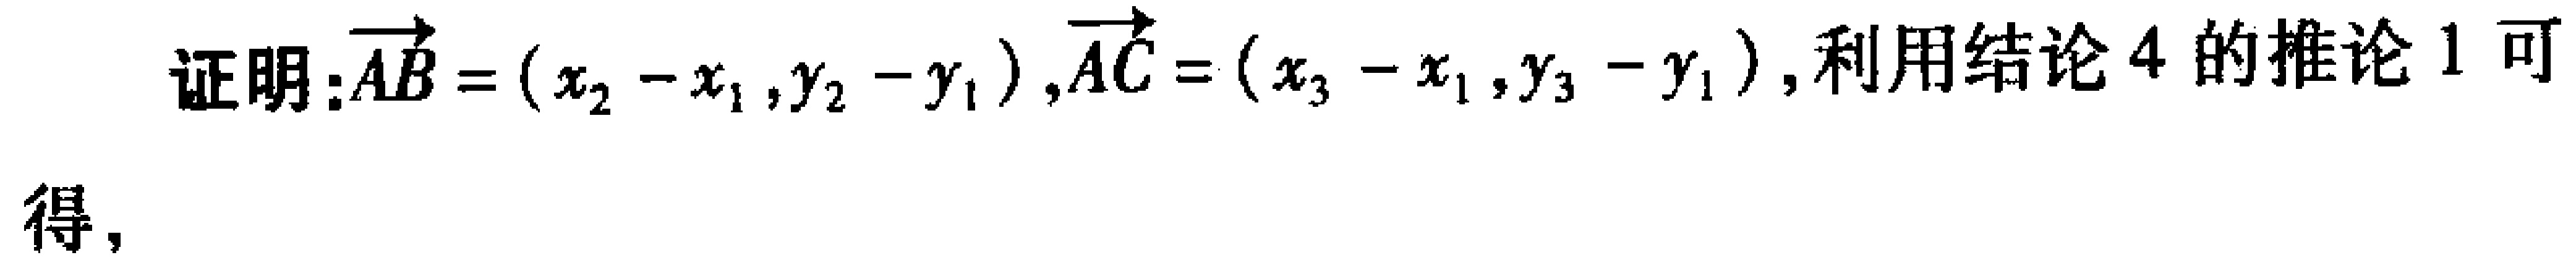
证明：$\overrightarrow{AB} = (x_2 - x_1, y_2 - y_1), \overrightarrow{AC} = (x_3 - x_1, y_3 - y_1)$, 利用结论 4 的推论 1 可
得，